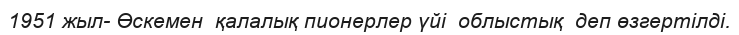
1951 жыл- Өскемен  қалалық пионерлер үйі  облыстық  деп өзгертілді.